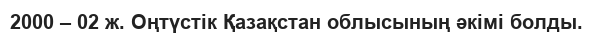
2000 – 02 ж. Оңтүстік Қазақстан облысының әкімі болды.